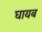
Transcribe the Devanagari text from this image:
घायब